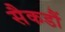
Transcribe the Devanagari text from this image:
सैकडौं